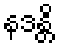
နဒန္တိ